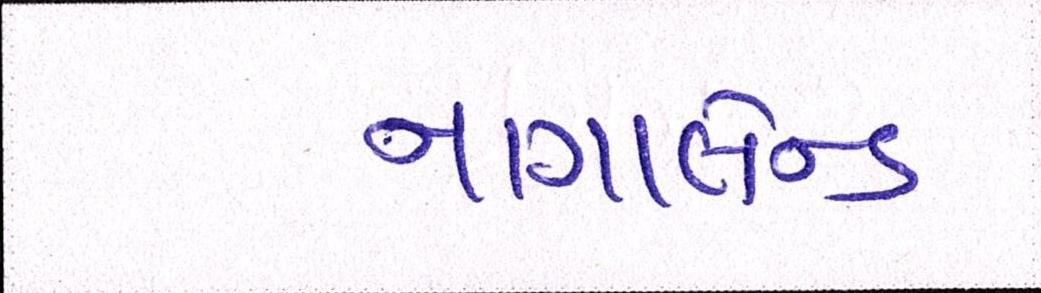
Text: નાગાલેન્ડ